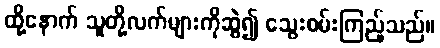
ထို့နောက် သူတို့လက်များကိုဆွဲ၍ သွေးစမ်းကြည့်သည်။